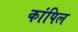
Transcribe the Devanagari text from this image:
कांपिल